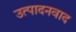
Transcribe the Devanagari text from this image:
उत्पादनवाद